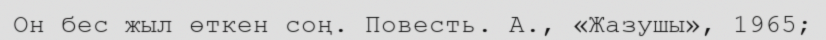
Он бес жыл өткен соң. Повесть. А., «Жазушы», 1965;